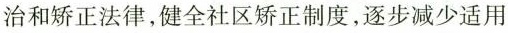
治和矫正法律，健全社区矫正制度，逐步减少适用